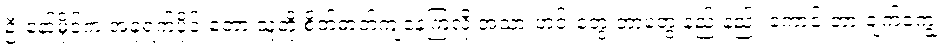
ဦးနော်မိုင်က အခုရက်ပိုင်းတော့ သူတို့ စိတ်ဓာတ်ကျနေကြလို့ အသားဟင်းတွေ ဘာတွေ နည်းနည်း ကောင်းတာ ချက်ကျွေး